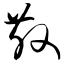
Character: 散